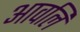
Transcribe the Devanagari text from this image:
आवलि